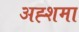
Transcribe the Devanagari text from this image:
अह्शमा